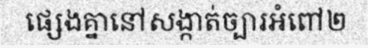
ផ្សេងគ្នានៅសង្កាត់ច្បារអំពៅ២